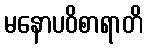
မနောပဝိစာရာတိ